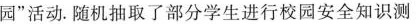
园”活动.随机抽取了部分学生进行校园安全知识测